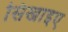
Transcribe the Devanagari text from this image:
सिखाइए